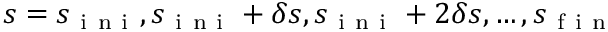
s = s _ { \mathrm { ~ i ~ n ~ i ~ } } , s _ { \mathrm { ~ i ~ n ~ i ~ } } + \delta s , s _ { \mathrm { ~ i ~ n ~ i ~ } } + 2 \delta s , \ldots , s _ { \mathrm { ~ f ~ i ~ n ~ } }